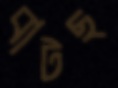
বাটছ